Annual administration report of the Civil Veterinary Department of India - 1894-1895
Year: 1894
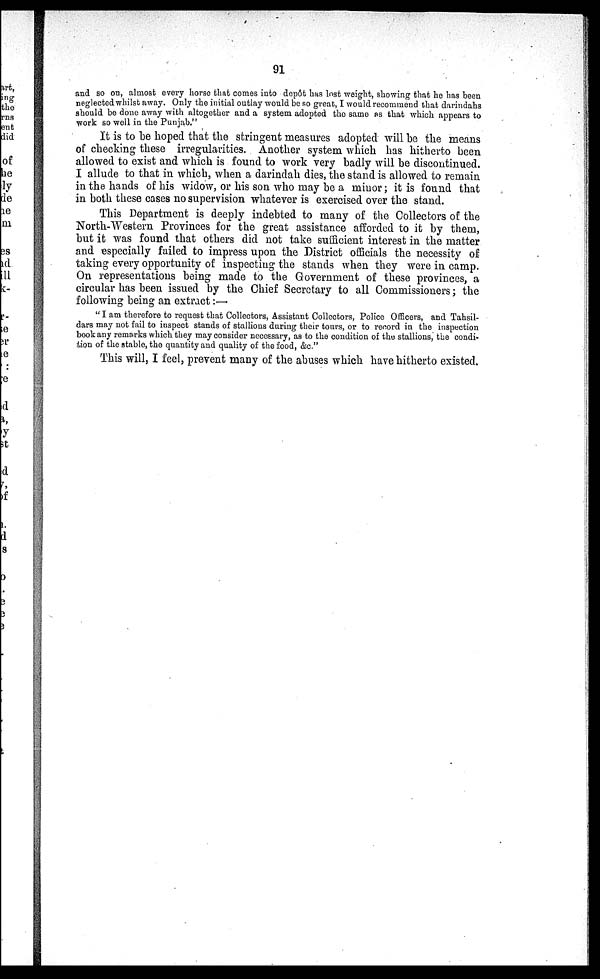
91
and so on, almost every horse that comes into depôt has lost weight, showing that he has been
neglected whilst away. Only the initial outlay would be so great, I would recommend that darindahs
should be done away with altogether and a system adopted the same as that which appears to
work so well in the Punjab."
It is to be hoped that the stringent measures adopted will be the means
of checking these irregularities. Another system which has hitherto been
allowed to exist and which is found to work very badly will be discontinued.
I allude to that in which, when a darindah dies, the stand is allowed to remain
in the hands of his widow, or his son who may be a minor; it is found that
in both these cases no supervision whatever is exercised over the stand.
This Department is deeply indebted to many of the Collectors of the
North-Western Provinces for the great assistance afforded to it by them,
but it was found that others did not take sufficient interest in the matter
and especially failed to impress upon the District officials the necessity of
taking every opportunity of inspecting the stands when they were in camp.
On representations being made to the Government of these provinces, a
circular has been issued by the Chief Secretary to all Commissioners; the
following being an extract :—
"I am therefore to request that Collectors, Assistant Collectors, Police Officers, and Tahsil-
dars may not fail to inspect stands of stallions during their tours, or to record in the inspection
book any remarks which they may consider necessary, as to the condition of the stallions, the condi-
tion of the stable, the quantity and quality of the food, &c."
This will, I feel, prevent many of the abuses which have hitherto existed.